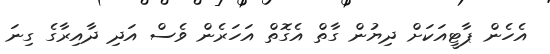
އެހެން ޕާޓީއަކަށް ދިޔުން ގާތް އެގޮތް އަހަރެން ވެސް އަދި ދާއިރާގެ ގިނަ